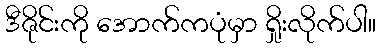
ဒီဇိုင်းကို အောက်ကပုံမှာ ရှိုးလိုက်ပါ။